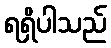
ရရှိပါသည်